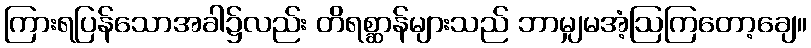
ကြားရပြန်သောအခါ၌လည်း တိရစ္ဆာန်များသည် ဘာမျှမအံ့ဩကြတော့ချေ။